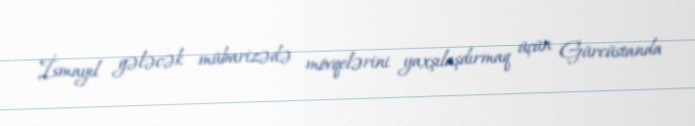
İsmayıl gələcək mübarizədə mövqelərini yaxşılaşdırmaq üçün Gürcüstanda